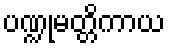
ပဏ္ဍုမတ္တိကာယ